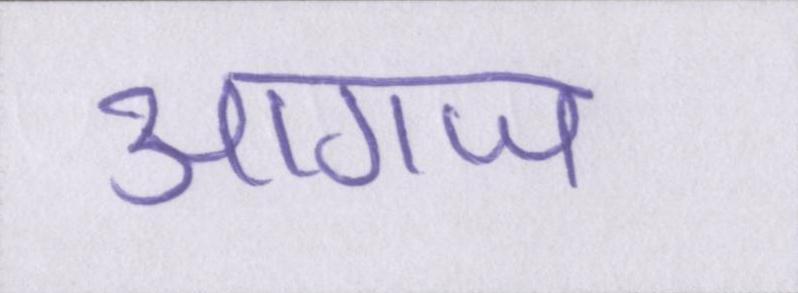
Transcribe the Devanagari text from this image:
आगाज